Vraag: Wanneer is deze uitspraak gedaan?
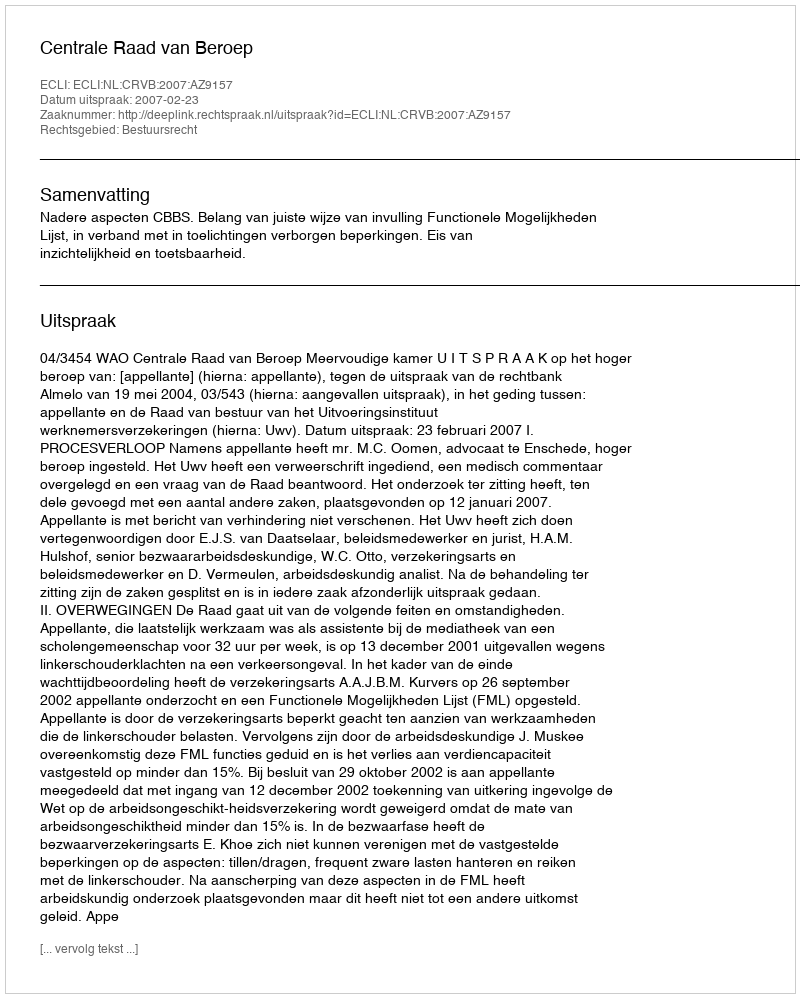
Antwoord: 2007-02-23